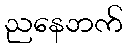
ညနေဘက်